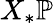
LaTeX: X_{*}\mathbb{P}